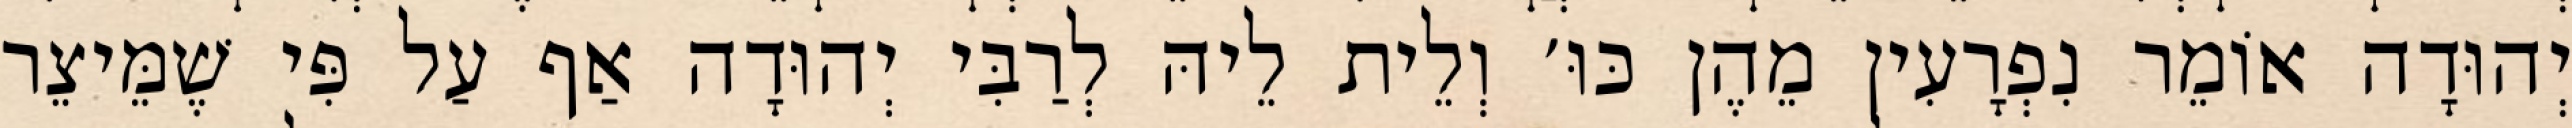
יְהוּדָה אוֹמֵר נִפְרָעִין מֵהֶן כּוּ׳ וְלֵית לֵיהּ לְרַבִּי יְהוּדָה אַף עַל פִּי שֶׁמֵּיצֵר